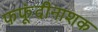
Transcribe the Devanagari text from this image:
फफूंदीनाशक